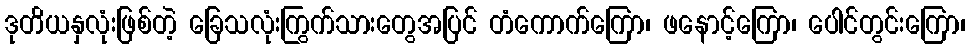
ဒုတိယနှလုံးဖြစ်တဲ့ ခြေသလုံးကြွက်သားတွေအပြင် တံကောက်ကြော၊ ဖနောင့်ကြော၊ ပေါင်တွင်းကြော၊